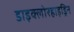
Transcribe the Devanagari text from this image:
डाइक्लोरहाइड्रिन